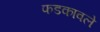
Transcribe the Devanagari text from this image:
फडकावले